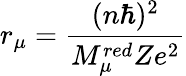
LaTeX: r_{\mu}=\frac{(n\hbar)^{2}}{M_{\mu}^{red}Ze^{2}}